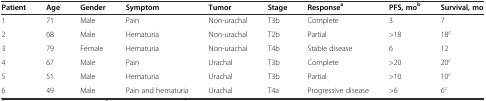
| Patient | Age | Gender | Symptom | Tumor | Stage | Responsea | PFS, mob | Survival, mo |
 | --- | --- | --- | --- | --- | --- | --- | --- | --- |
 | 1 | 71 | Male | Pain | Non-urachal | T3b | Complete | 3 | 7 |
 | 2 | 68 | Male | Hematuria | Non-urachal | T2b | Partial | >18 | 18c |
 | 3 | 79 | Female | Hematuria | Non-urachal | T4b | Stable disease | 6 | 12 |
 | 4 | 67 | Male | Pain | Urachal | T3b | Complete | >20 | 20c |
 | 5 | 51 | Male | Hematuria | Urachal | T3b | Partial | >10 | 10c |
 | 6 | 49 | Male | Pain and hematuria | Urachal | T4a | Progressive disease | >6 | 6c |